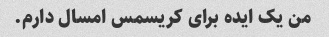
من یک ایده برای کریسمس امسال دارم.